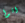
اتوا